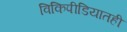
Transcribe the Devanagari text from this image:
विकिपीडियातही